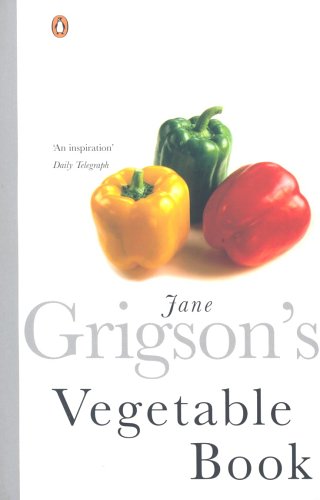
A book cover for Jane Grigsons Vegetable Book; Jane Grigson; Cookbooks, Food & Wine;